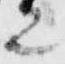
之